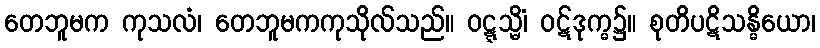
တေဘူမက ကုသလံ၊ တေဘူမကကုသိုလ်သည်။ ဝဋ္ဋသ္မိံ၊ ဝဋ်ဒုက္ဓ၌။ စုတိပဋိသန္ဓိယော၊